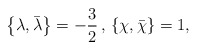
\begin{align*}\left\{\lambda , \bar\lambda \right\}=-\frac{3}{2} \, , \, \left \{\chi ,\bar\chi \right\} =1 ,\end{align*}